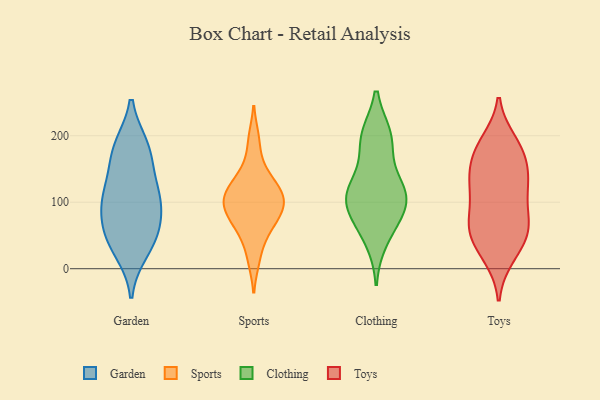
{"axis": {"x": "Bounce Rate (%)", "y": "Value"}, "legend": ["Clothing", "Garden", "Sports", "Toys"], "data": [{"x": "", "y": 99, "type": "Garden"}, {"x": "", "y": 116, "type": "Garden"}, {"x": "", "y": 110, "type": "Garden"}, {"x": "", "y": 50, "type": "Garden"}, {"x": "", "y": 179, "type": "Garden"}, {"x": "", "y": 103, "type": "Garden"}, {"x": "", "y": 28, "type": "Garden"}, {"x": "", "y": 47, "type": "Garden"}, {"x": "", "y": 62, "type": "Garden"}, {"x": "", "y": 170, "type": "Garden"}, {"x": "", "y": 182, "type": "Garden"}, {"x": "", "y": 124, "type": "Sports"}, {"x": "", "y": 60, "type": "Sports"}, {"x": "", "y": 95, "type": "Sports"}, {"x": "", "y": 82, "type": "Sports"}, {"x": "", "y": 15, "type": "Sports"}, {"x": "", "y": 124, "type": "Sports"}, {"x": "", "y": 94, "type": "Sports"}, {"x": "", "y": 60, "type": "Sports"}, {"x": "", "y": 105, "type": "Sports"}, {"x": "", "y": 105, "type": "Sports"}, {"x": "", "y": 194, "type": "Sports"}, {"x": "", "y": 148, "type": "Sports"}, {"x": "", "y": 112, "type": "Clothing"}, {"x": "", "y": 117, "type": "Clothing"}, {"x": "", "y": 198, "type": "Clothing"}, {"x": "", "y": 95, "type": "Clothing"}, {"x": "", "y": 124, "type": "Clothing"}, {"x": "", "y": 72, "type": "Clothing"}, {"x": "", "y": 44, "type": "Clothing"}, {"x": "", "y": 86, "type": "Clothing"}, {"x": "", "y": 118, "type": "Clothing"}, {"x": "", "y": 194, "type": "Clothing"}, {"x": "", "y": 196, "type": "Clothing"}, {"x": "", "y": 126, "type": "Toys"}, {"x": "", "y": 18, "type": "Toys"}, {"x": "", "y": 191, "type": "Toys"}, {"x": "", "y": 165, "type": "Toys"}, {"x": "", "y": 66, "type": "Toys"}, {"x": "", "y": 46, "type": "Toys"}, {"x": "", "y": 167, "type": "Toys"}, {"x": "", "y": 123, "type": "Toys"}, {"x": "", "y": 21, "type": "Toys"}, {"x": "", "y": 66, "type": "Toys"}, {"x": "", "y": 76, "type": "Toys"}, {"x": "", "y": 138, "type": "Toys"}, {"x": "", "y": 114, "type": "Toys"}, {"x": "", "y": 148, "type": "Toys"}, {"x": "", "y": 118, "type": "Toys"}, {"x": "", "y": 59, "type": "Toys"}, {"x": "", "y": 45, "type": "Toys"}, {"x": "", "y": 72, "type": "Toys"}, {"x": "", "y": 183, "type": "Toys"}, {"x": "", "y": 188, "type": "Toys"}]}